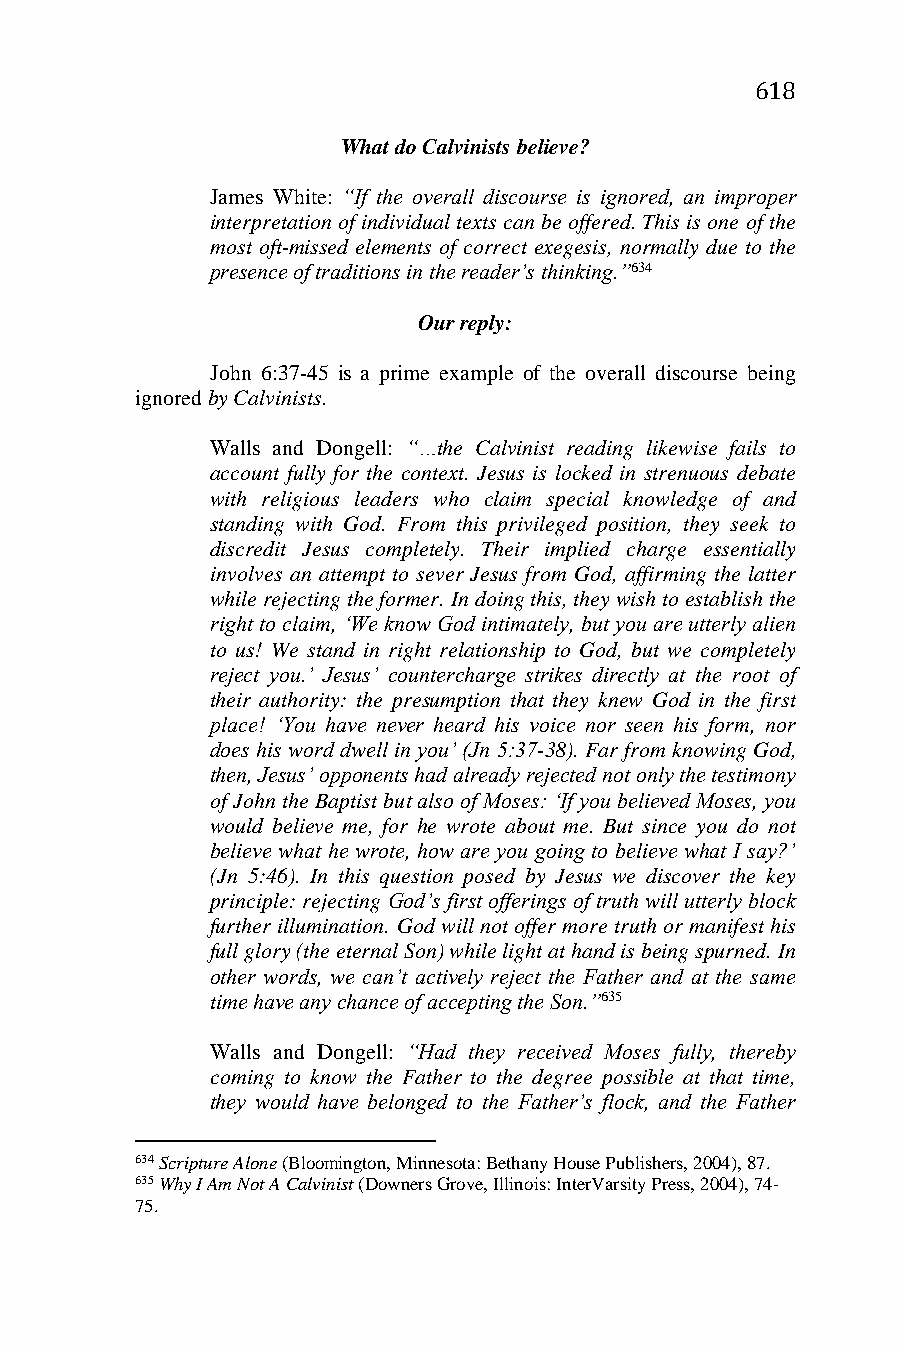
618
 What do Calvinists believe?
 James White: “If the overall discourse is ignored, an improper
 interpretation of individual texts can be offered. This is one of the
 most oft-missed elements of correct exegesis, normally due to the
 presence of traditions in the reader’s thinking.”634
 Our reply:
 John 6:37-45 is a prime example of the overall discourse being
 ignored by Calvinists.
 Walls and Dongell: “…the Calvinist reading likewise fails to
 account fully for the context. Jesus is locked in strenuous debate
 with religious leaders who claim special knowledge of and
 standing with God. From this privileged position, they seek to
 discredit Jesus completely. Their implied charge essentially
 involves an attempt to sever Jesus from God, affirming the latter
 while rejecting the former. In doing this, they wish to establish the
 right to claim, ‘We know God intimately, but you are utterly alien
 to us! We stand in right relationship to God, but we completely
 reject you.’ Jesus’ countercharge strikes directly at the root of
 their authority: the presumption that they knew God in the first
 place! ‘You have never heard his voice nor seen his form, nor
 does his word dwell in you’ (Jn 5:37-38). Far from knowing God,
 then, Jesus’ opponents had already rejected not only the testimony
 of John the Baptist but also of Moses: ‘If you believed Moses, you
 would believe me, for he wrote about me. But since you do not
 believe what he wrote, how are you going to believe what I say?’
 (Jn 5:46). In this question posed by Jesus we discover the key
 principle: rejecting God’s first offerings of truth will utterly block
 further illumination. God will not offer more truth or manifest his
 full glory (the eternal Son) while light at hand is being spurned. In
 other words, we can’t actively reject the Father and at the same
 time have any chance of accepting the Son.”635
 Walls and Dongell: “Had they received Moses fully, thereby
 coming to know the Father to the degree possible at that time,
 they would have belonged to the Father’s flock, and the Father
 634 Scripture Alone (Bloomington, Minnesota: Bethany House Publishers, 2004), 87.
 635 Why I Am Not A Calvinist (Downers Grove, Illinois: InterVarsity Press, 2004), 74-
 75.